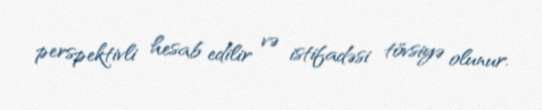
perspektivli hesab edilir və istifadəsi tövsiyə olunur.